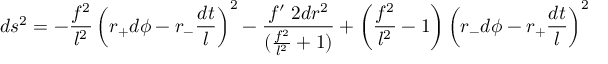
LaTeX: d s ^ { 2 } = - \frac { f ^ { 2 } } { l ^ { 2 } } \left( r _ { + } d \phi - r _ { - } \frac { d t } { l } \right) ^ { 2 } - \frac { f { ' \; 2 } d r ^ { 2 } } { ( \frac { f ^ { 2 } } { l ^ { 2 } } + 1 ) } + \left( \frac { f ^ { 2 } } { l ^ { 2 } } - 1 \right) \left( r _ { - } d \phi - r _ { + } \frac { d t } { l } \right) ^ { 2 }